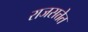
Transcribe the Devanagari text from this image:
राजसत्तेत